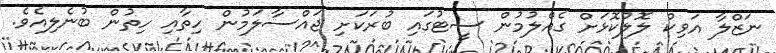
ނަޒްލާ އަވިކް ލޮލުކޮޅަށް ގެއްލުމުން ސީޓުގައި ބުރަކަށި ޖައްސާލަމުން ހިތާއި ހިތުން ބުނެލިއެވެ.